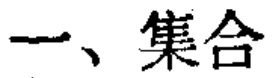
一、集合